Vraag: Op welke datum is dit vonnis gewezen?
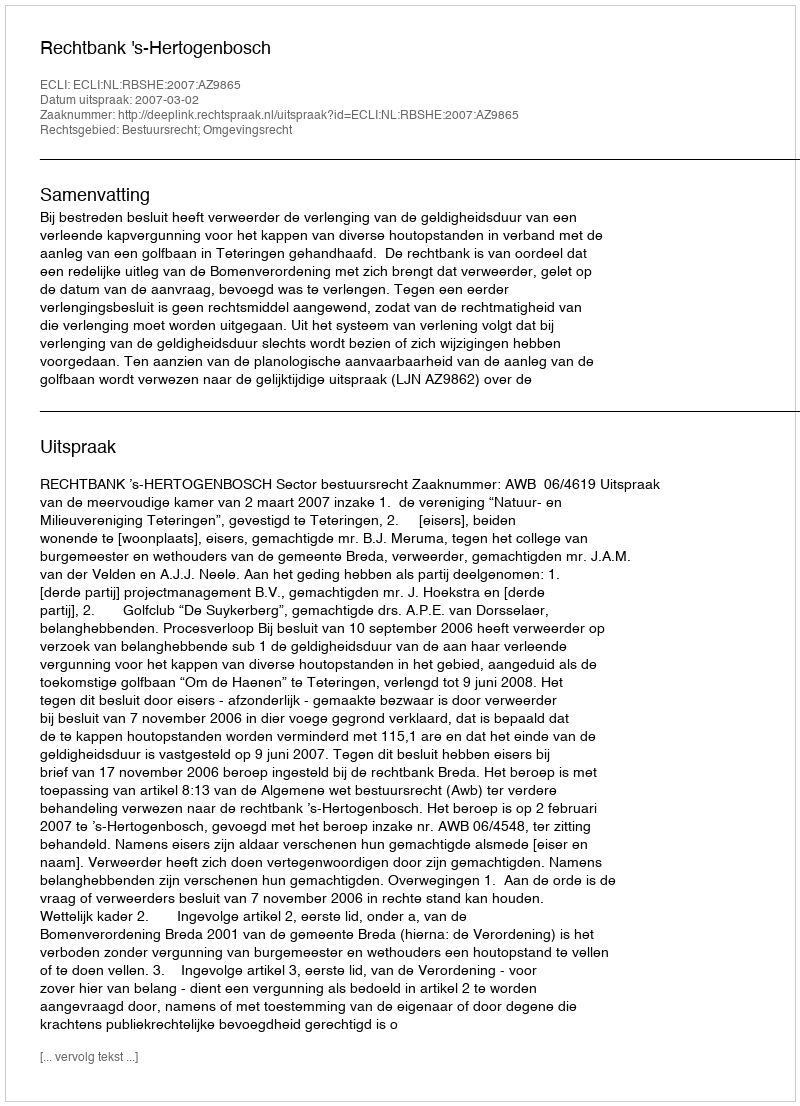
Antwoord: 2007-03-02